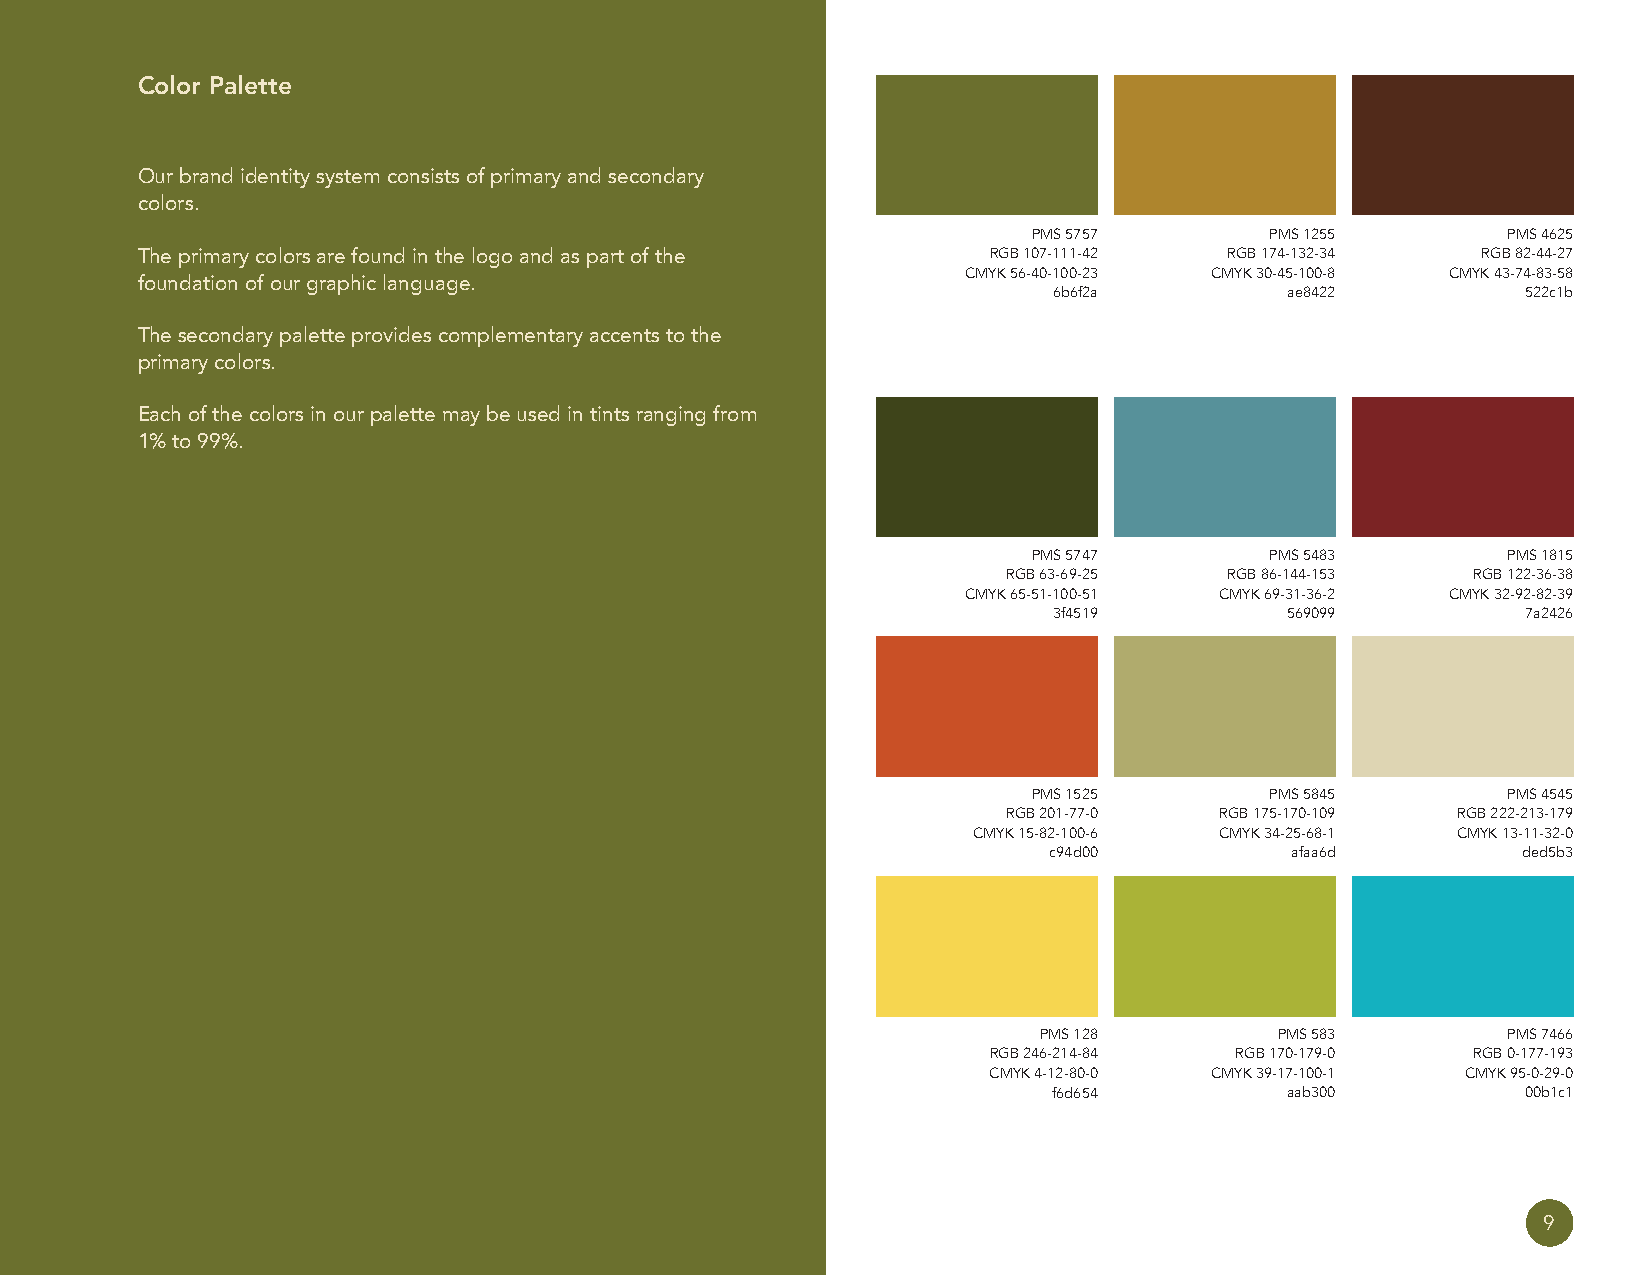
Color Palette
 Our brand identity system consists of primary and secondary
 colors
 PMS 5757        PMS 1255        PMS 4625
 The primary colors are found in the logo and as part of the RGB 107-111-42 RGB 174-132-34 RGB 82-44-27
 CMYK 56-40-100-23 CMYK 30-45-100-8 CMYK 43-74-83-58
 foundation of our graphic language
 6b6f2a         ae8422          522c1b
 The secondary palette provides complementary accents to the
 primary colors
 Each of the colors in our palette may be used in tints ranging from
 1% to 99%
 PMS 5747        PMS 5483        PMS 1815
 RGB 63-69-25  RGB 86-144-153  RGB 122-36-38
 CMYK 65-51-100-51 CMYK 69-31-36-2 CMYK 32-92-82-39
 3f4519         569099          7a2426
 PMS 1525        PMS 5845        PMS 4545
 RGB 201-77-0  RGB 175-170-109 RGB 222-213-179
 CMYK 15-82-100-6 CMYK 34-25-68-1 CMYK 13-11-32-0
 c94d00          afaa6d          ded5b3
 PMS 128         PMS 583        PMS 7466
 RGB 246-214-84   RGB 170-179-0  RGB 0-177-193
 CMYK 4-12-80-0 CMYK 39-17-100-1 CMYK 95-0-29-0
 f6d654         aab300          00b1c1
 9